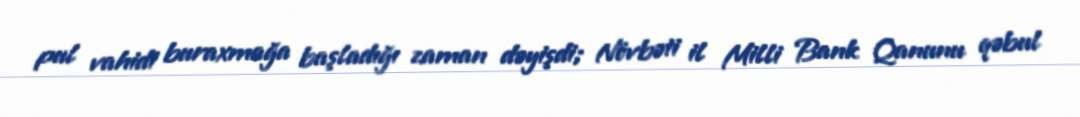
pul vahidi buraxmağa başladığı zaman dəyişdi; Növbəti il Milli Bank Qanunu qəbul